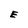
Character: E